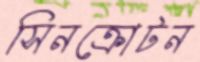
সিনক্রোটন